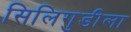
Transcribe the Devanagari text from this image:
सिलिगुडीला